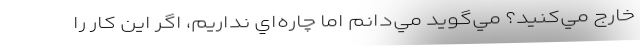
خارج مي‌كنيد؟ مي‌گويد مي‌دانم اما چاره‌اي نداريم، اگر اين كار را